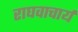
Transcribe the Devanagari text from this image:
राघवाचार्य